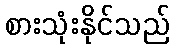
စားသုံးနိုင်သည်